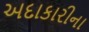
અદાકારીના